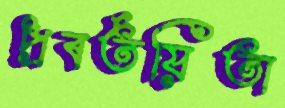
প্রবর্তয়িতা